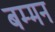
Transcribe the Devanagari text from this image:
बम्मन